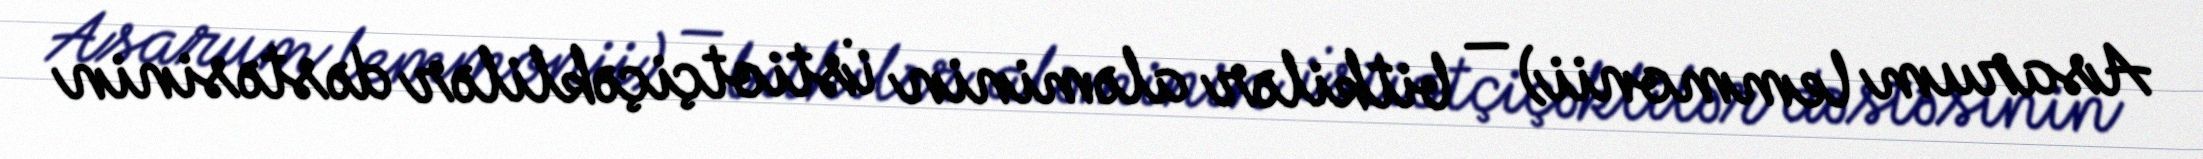
Asarum lemmonii) — bitkilər aləminin i̇stiotçiçəklilər dəstəsinin